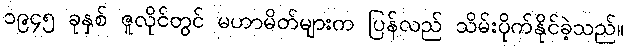
၁၉၄၅ ခုနှစ် ဇူလိုင်တွင် မဟာမိတ်များက ပြန်လည် သိမ်းပိုက်နိုင်ခဲ့သည်။